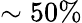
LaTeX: \sim 50\%